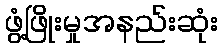
ဖွံ့ဖြိုးမှုအနည်းဆုံး